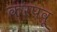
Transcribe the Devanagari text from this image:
करपवू